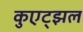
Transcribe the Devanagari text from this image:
कुएट्झल